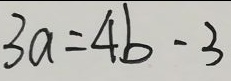
3 a = 4 b - 3